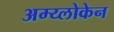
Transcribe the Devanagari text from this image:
अम्य्लोकेन